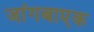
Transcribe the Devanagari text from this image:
जांगबाएक